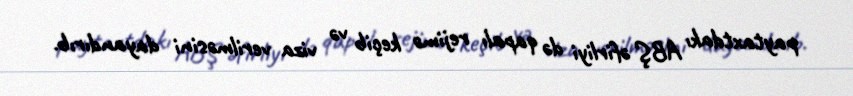
paytaxtdakı ABŞ əfirliyi də qapalı rejimə keçib və viza verilməsini dayandırıb.